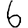
Digit: 6